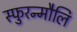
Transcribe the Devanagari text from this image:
स्फुरन्मौलि